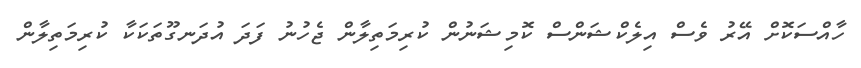
ހާއްސަކޮށް އޭރު ވެސް އިލެކްޝަންސް ކޮމިޝަނުން ކުރިމަތިލާން ޖެހުނު ފަދަ އުދަނގޫތަކަކާ ކުރިމަތިލާން